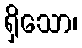
ရှိသော၊